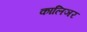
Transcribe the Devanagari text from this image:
कालिञर